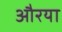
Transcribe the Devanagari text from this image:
औरया